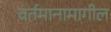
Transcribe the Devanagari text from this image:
वर्तमानामागील